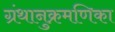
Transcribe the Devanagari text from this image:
ग्रंथानुक्रमणिका